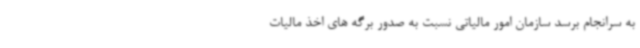
به سرانجام برسد سازمان امور مالیاتی نسبت به صدور برگه های اخذ مالیات